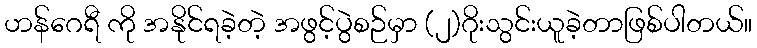
ဟန်ဂေရီ ကို အနိုင်ရခဲ့တဲ့ အဖွင့်ပွဲစဉ်မှာ (၂)ဂိုးသွင်းယူခဲ့တာဖြစ်ပါတယ်။